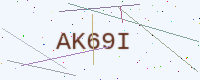
Text: AK69I